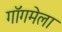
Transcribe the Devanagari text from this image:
गॉगमेला